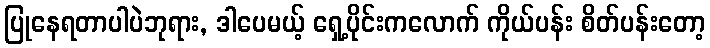
ပြုနေရတာပါပဲဘုရား, ဒါပေမယ့် ရှေ့ပိုင်းကလောက် ကိုယ်ပန်း စိတ်ပန်းတော့